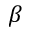
\beta